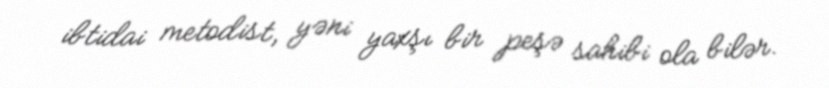
ibtidai metodist, yəni yaxşı bir peşə sahibi ola bilər.